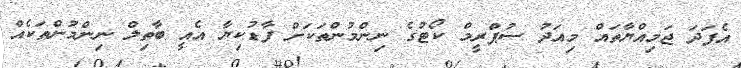
އެފަދަ ޖަމިއްޔާތައް މިއަދު ސުޕްރީމް ކޯޓުގެ ނިންމުންތަކަށް ފާޑުކިޔާ އެއީ ބާތިލް ނިންމުންތަކެއް